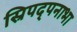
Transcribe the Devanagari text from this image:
स्रिपद्पनाभा